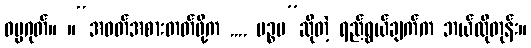
ဓမ္မဂုတ်။ ။“အဝတ်အစားတတ်ဖို့က .... ပဉ္စမ”ဆိုတဲ့ ရည်ရွယ်ချက်က ဘယ်လိုတုန်း။